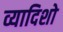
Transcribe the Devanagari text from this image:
व्यादिशो